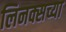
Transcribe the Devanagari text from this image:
लिनक्सच्या